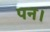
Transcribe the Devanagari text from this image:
पन।